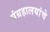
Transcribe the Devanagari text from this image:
संग्रहालयांचे